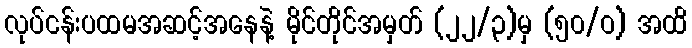
လုပ်ငန်းပထမအဆင့်အနေနဲ့ မိုင်တိုင်အမှတ် (၂၂/၃)မှ (၅၀/ဝ) အထိ